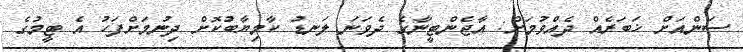
ސަންއަށް ޚަބަރެއް ދެއްވުމަށް: އާޖެންޓީނާގެ ދެވަނަ ލަނޑު ކާމިޔާބުކޮށް ދިނުމަށްފަހު އެ ޓީމުގެ